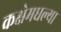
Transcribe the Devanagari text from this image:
कक्षेमधल्या